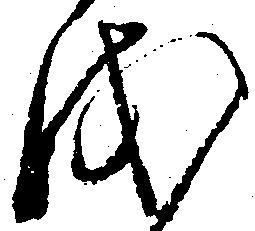
を